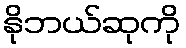
နိုဘယ်ဆုကို